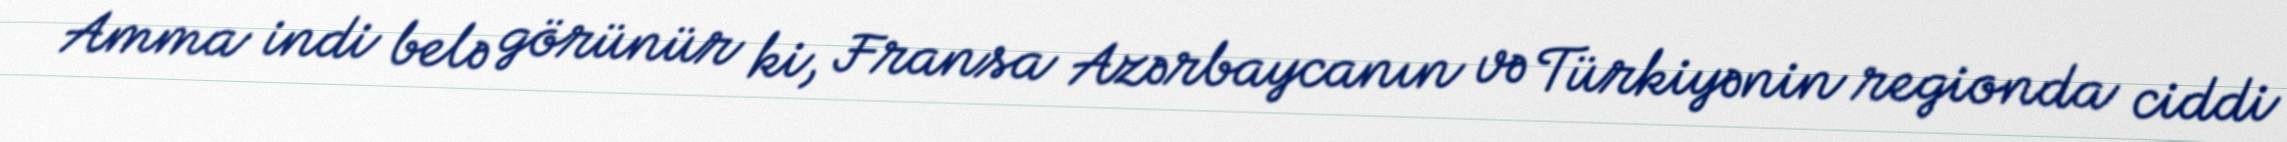
Amma indi belə görünür ki, Fransa Azərbaycanın və Türkiyənin regionda ciddi